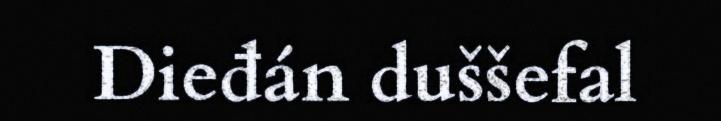
Dieđán duššefal